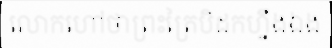
លោកហៅថាព្រះត្រៃបិដកហ្នឹងឯង